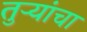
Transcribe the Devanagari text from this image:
तुऱ्यांचा